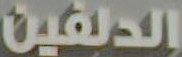
الدلفين